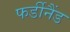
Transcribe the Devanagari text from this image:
फर्डीनैंड